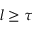
l \geq \tau